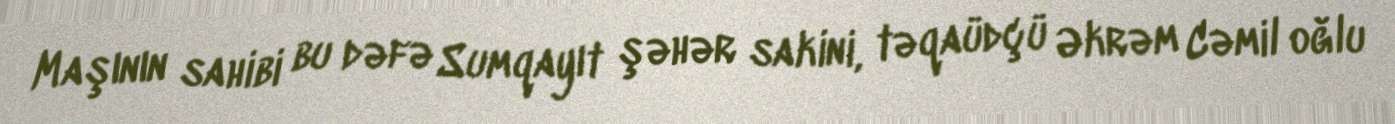
Maşının sahibi bu dəfə Sumqayıt şəhər sakini, təqaüdçü Əkrəm Cəmil oğlu